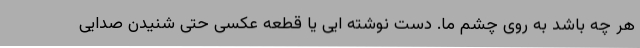
هر چه باشد به روی چشم ما. دست نوشته ایی یا قطعه عکسی حتی شنیدن صدایی